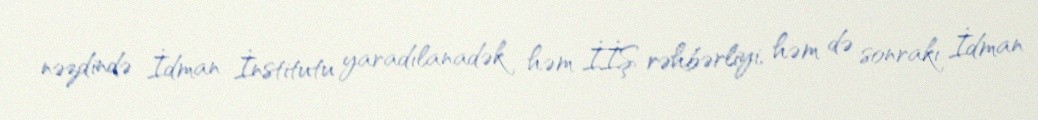
nəzdində İdman İnstitutu yaradılanadək həm İİŞ rəhbərliyi, həm də sonrakı İdman